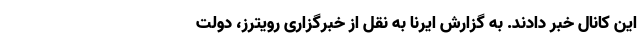
این کانال خبر دادند. به گزارش ایرنا به نقل از خبرگزاری رویترز، دولت